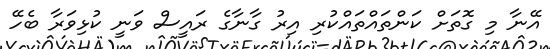
އޭނާ މި ގޮތަށް ކަންތައްތައްކުރި އިރު ގާނާގެ ރައީސް ވަނީ ކުޅިވަރާ ބެހޭ